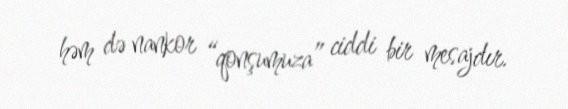
həm də nankor “qonşumuza” ciddi bir mesajdır.